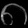
Digit: ၈